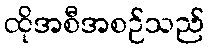
ထိုအစီအစဉ်သည်